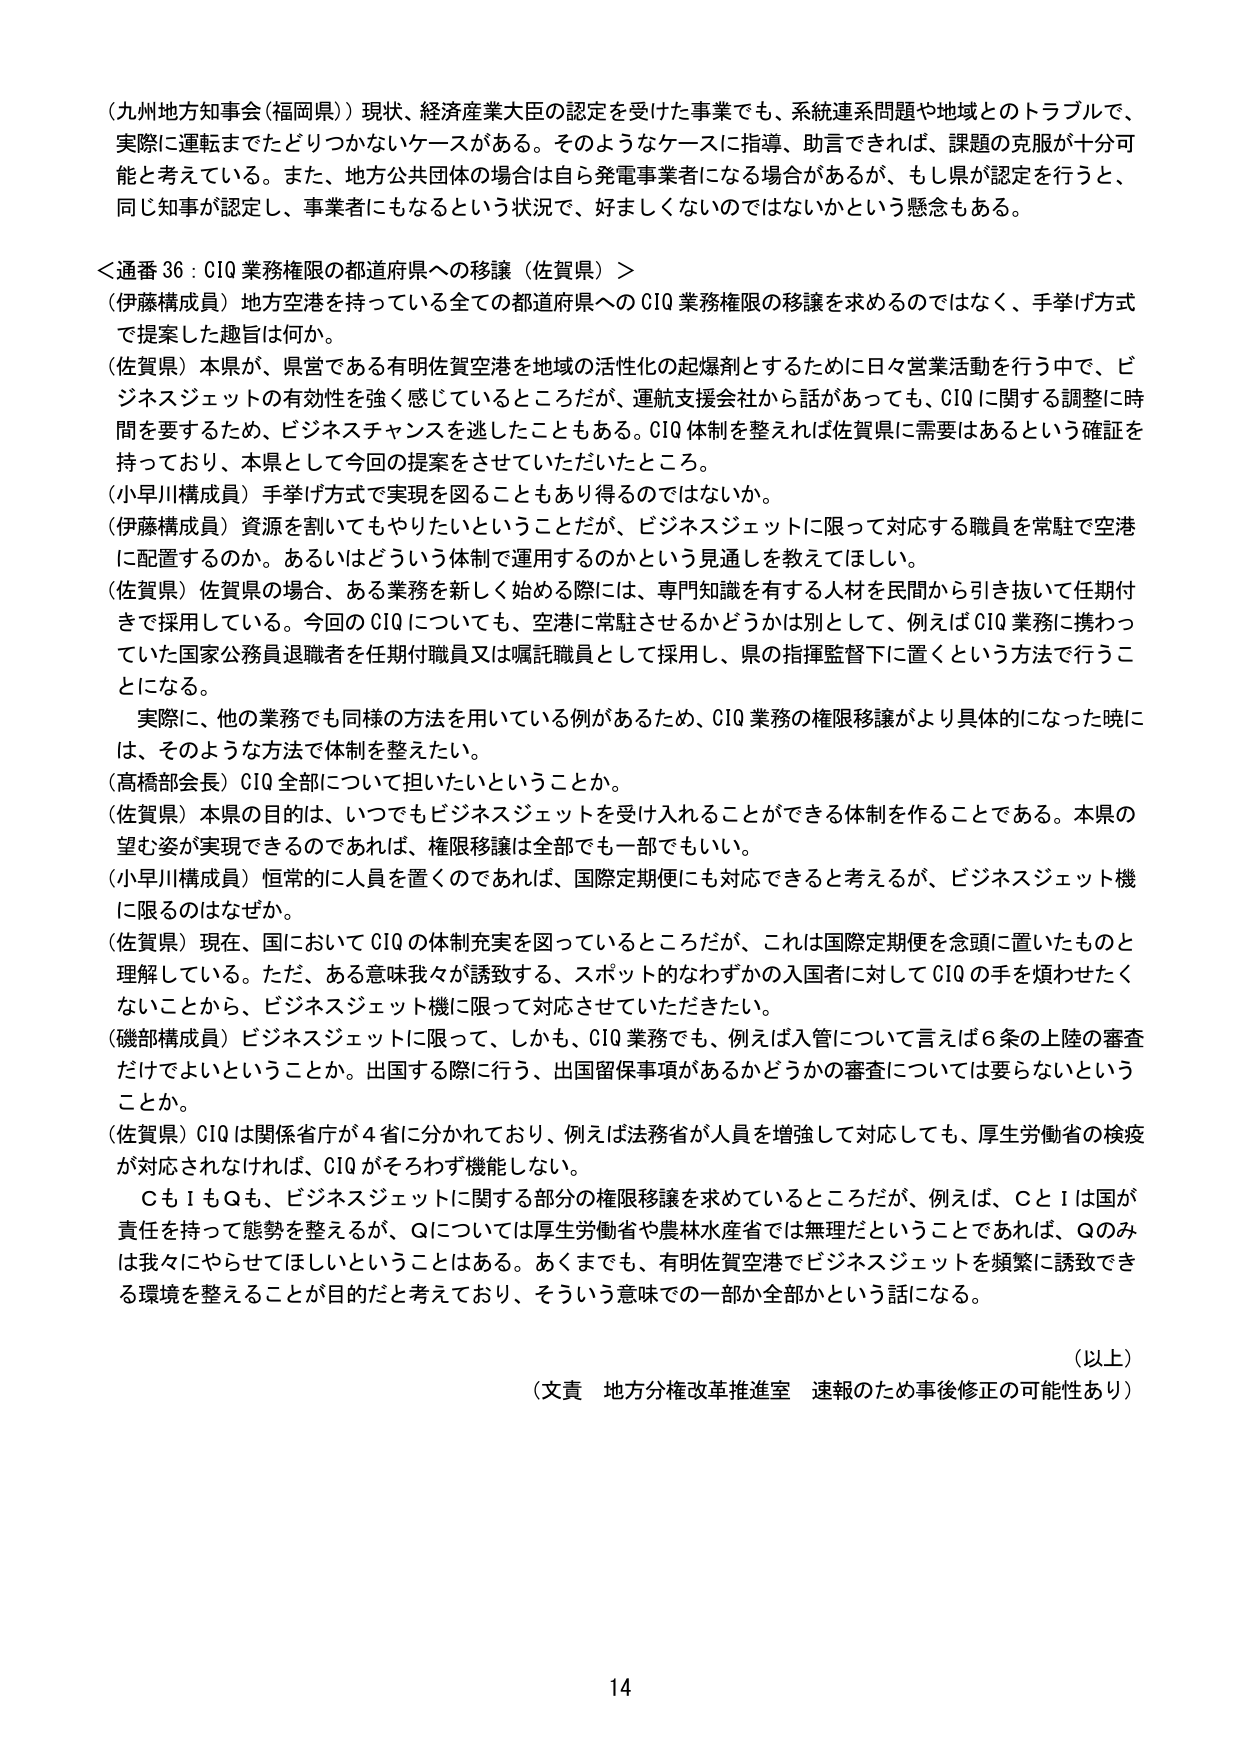
（九州地方知事会（福岡県））現状、経済産業大臣の認定を受けた事業でも、系統連系問題や地域とのトラブルで、実際に運転までたどりつかないケースがある。そのようなケースに指導、助言できれば、課題の克服が十分可能と考えている。また、地方公共団体の場合は自ら発電事業者になる場合があるが、もし県が認定を行うと、同じ知事が認定し、事業者にもなるという状況で、好ましくないのではないかという懸念もある。

＜通番 36：CIQ 業務権限の都道府県への移譲（佐賀県）＞
（伊藤構成員）地方空港を持っている全ての都道府県への CIQ 業務権限の移譲を求めるのではなく、手挙げ方式で提案した趣旨は何か。
（佐賀県）本県が、県営である有明佐賀空港を地域の活性化の起爆剤とするために日々営業活動を行う中で、ビジネスジェットの有効性を強く感じているところだが、運航支援会社から話があっても、CIQ に関する調整に時間を要するため、ビジネスチャンスを逃したこともある。CIQ 体制を整えれば佐賀県に需要はあるという確証を持っており、本県として今回の提案をさせていただいたところ。
（小早川構成員）手挙げ方式で実現を図ることもあり得るのではないか。
（伊藤構成員）資源を割いてもやりたいということだが、ビジネスジェットに限って対応する職員を常駐で空港に配置するのか。あるいはどういう体制で運用するのかという見通しを教えてほしい。
（佐賀県）佐賀県の場合、ある業務を新しく始める際には、専門知識を有する人材を民間から引き抜いて任期付きで採用している。今回の CIQ についても、空港に常駐させるかどうかは別として、例えば CIQ 業務に携わっていた国家公務員退職者を任期付職員又は嘱託職員として採用し、県の指揮監督下に置くという方法で行うことになる。
　実際に、他の業務でも同様の方法を用いている例があるため、CIQ 業務の権限移譲がより具体的になった暁には、そのような方法で体制を整えたい。
（高橋部会長）CIQ 全部について担いたいということか。
（佐賀県）本県の目的は、いつでもビジネスジェットを受け入れることができる体制を作ることである。本県の望む姿が実現できるのであれば、権限移譲は全部でも一部でもいい。
（小早川構成員）恒常的に人員を置くのであれば、国際定期便にも対応できると考えるが、ビジネスジェット機に限るのはなぜか。
（佐賀県）現在、国において CIQ の体制充実を図っているところだが、これは国際定期便を念頭に置いたものと理解している。ただ、ある意味我々が誘致する、スポット的なわずかの入国者に対して CIQ の手を煩わせたくないことから、ビジネスジェット機に限って対応させていただきたい。
（磯部構成員）ビジネスジェットに限って、しかも、CIQ 業務でも、例えば入管について言えば 6 条の上陸の審査だけでよいということか。出国する際に行う、出国留保事項があるかどうかの審査については要らないということか。
（佐賀県）CIQ は関係省庁が 4 省に分かれており、例えば法務省が人員を増強して対応しても、厚生労働省の検疫が対応されなければ、CIQ がそろわず機能しない。
　ＣもＩもＱも、ビジネスジェットに関する部分の権限移譲を求めているところだが、例えば、ＣとＩは国が責任を持って態勢を整えるが、Ｑについては厚生労働省や農林水産省では無理だということであれば、Ｑのみは我々にやらせてほしいということはある。あくまでも、有明佐賀空港でビジネスジェットを頻繁に誘致できる環境を整えることが目的だと考えており、そういう意味での一部か全部かという話になる。

（以上）
（文責　地方分権改革推進室　速報のため事後修正の可能性あり）

14